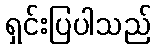
ရှင်းပြပါသည်